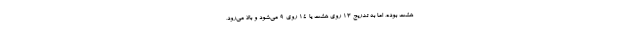
هشت بوده، اما به تدریج ۱۳ روی هشت یا ۱۴ روی ۹ می‌شود و بالا می‌رود،